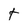
Character: t